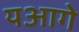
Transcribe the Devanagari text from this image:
यआगे